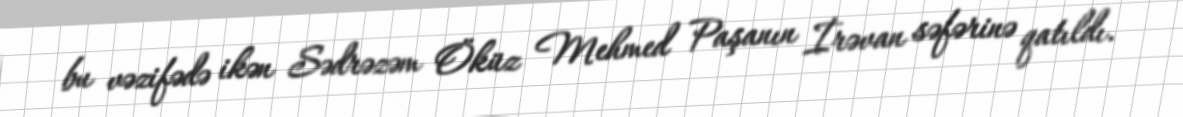
bu vəzifədə ikən Sədrəzəm Öküz Mehmed Paşanın İrəvan səfərinə qatıldı.